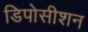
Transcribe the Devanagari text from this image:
डिपोसीशन